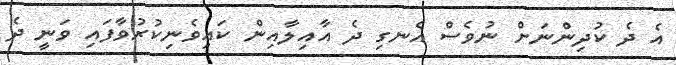
އެ ދެ ކުދިންނަށް ނުވެސް އެނގި ދެ އާއިލާއިން ކައިވެނިކުރުވާފައި ވަނީ ދެ